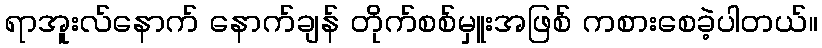
ရာအူးလ်နောက် နောက်ချန် တိုက်စစ်မှူးအဖြစ် ကစားစေခဲ့ပါတယ်။